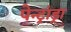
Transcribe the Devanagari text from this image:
पेन्ट्रांड्रा